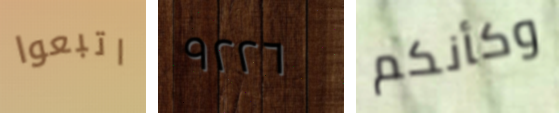
اتبعوا ٩٢٢٦ وكأنكم